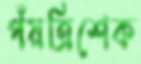
পঁয়ত্রিশেক